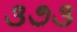
૩૭૩